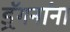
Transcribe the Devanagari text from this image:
ड्रॅगनांना